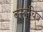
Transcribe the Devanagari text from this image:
वस्तूचित्र